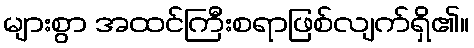
များစွာ အထင်ကြီးစရာဖြစ်လျက်ရှိ၏။